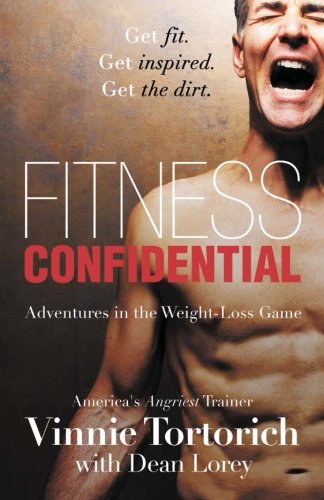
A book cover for Fitness Confidential; Vinnie Tortorich; Health, Fitness & Dieting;